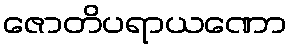
ဇောတိပရာယဏော